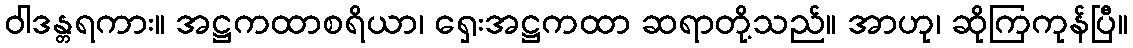
ဝါဒန္တရကား။ အဋ္ဌကထာစရိယာ၊ ရှေးအဋ္ဌကထာ ဆရာတို့သည်။ အာဟု၊ ဆိုကြကုန်ပြီ။